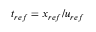
t _ { r e f } = x _ { r e f } / u _ { r e f }